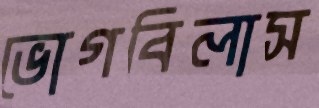
ভোগবিলাস